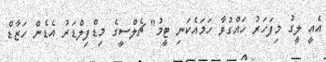
އެއީ ލީގު މިފަހަރު ހައްގުވާ ހަމައެކަނި ޓީމު" ޗެލްސީގެ މިޑްފިލްޑަރު އެޑެން ހަޒާޑް